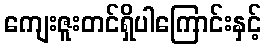
ကျေးဇူးတင်ရှိပါကြောင်းနှင့်